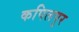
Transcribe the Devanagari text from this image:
कपिलपुर